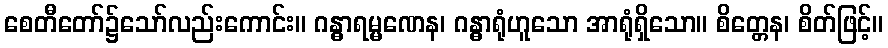
စေတီတော်၌သော်လည်းကောင်း။ ဂန္ဓာရမ္မဏေန၊ ဂန္ဓာရုံဟူသော အာရုံရှိသော။ စိတ္တေန၊ စိတ်ဖြင့်။